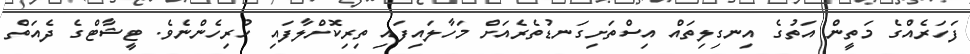
ފަހަރެއްގެ މަތީން އަތުގެ އިނގިލިތައް އިސްތަށިގަނޑުތެރެއަށް މަހާލައިފައި ތިރިކޮށްލާފައި ހުރިހެންނެވެ. ޓީޝާޓްގެ ދެއަތް